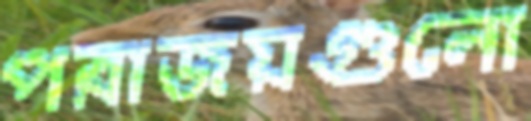
পরাজয়গুলো